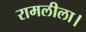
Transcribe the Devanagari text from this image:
रामलीला।